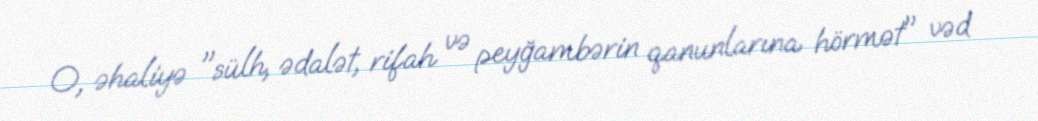
O, əhaliyə "sülh, ədalət, rifah və peyğambərin qanunlarına hörmət" vəd